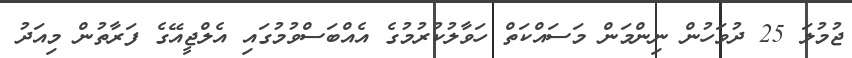
ޖުމުލަ 25 ދުވަހުން ނިންމަން މަސައްކަތް ހަވާލުކުރުމުގެ އެއްބަސްވުމުގައި އެލްޖީއޭގެ ފަރާތުން މިއަދު